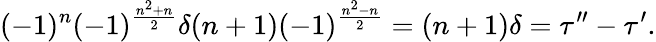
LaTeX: (-1)^{n}(-1)^{\frac{n^{2}+n}{2}}\delta(n+1)(-1)^{\frac{n^{2}-n}{2}}=(n+1)\delta=\tau^{\prime\prime}-\tau^{\prime}.